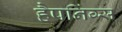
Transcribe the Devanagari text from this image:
हैपनिंग्स